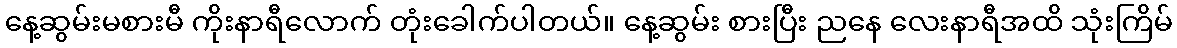
နေ့ဆွမ်းမစားမီ ကိုးနာရီလောက် တုံးခေါက်ပါတယ်။ နေ့ဆွမ်း စားပြီး ညနေ လေးနာရီအထိ သုံးကြိမ်